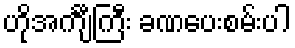
ဟိုအင်္ကျီကြီး ခဏပေးစမ်းပါ